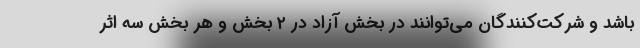
باشد و شرکت‌کنندگان می‌توانند در بخش آزاد در ۲ بخش و هر بخش سه اثر